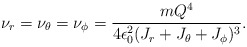
\begin{align*}\nu_r=\nu_\theta=\nu_\phi={{mQ^4}\over{4\epsilon_0^2(J_r+J_\theta+J_\phi)^3}}.\end{align*}